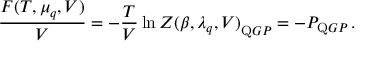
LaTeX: \frac { { \cal F } ( T , \mu _ { q } , V ) } { V } = - \frac { T } { V } \ln { { \cal Z } ( \beta , \lambda _ { q } , V ) } _ { \mathrm Q G P } = - P _ { \mathrm Q G P } \, .